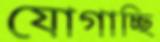
যোগাচ্ছি